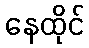
နေထိုင်